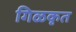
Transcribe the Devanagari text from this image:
गिळकृत